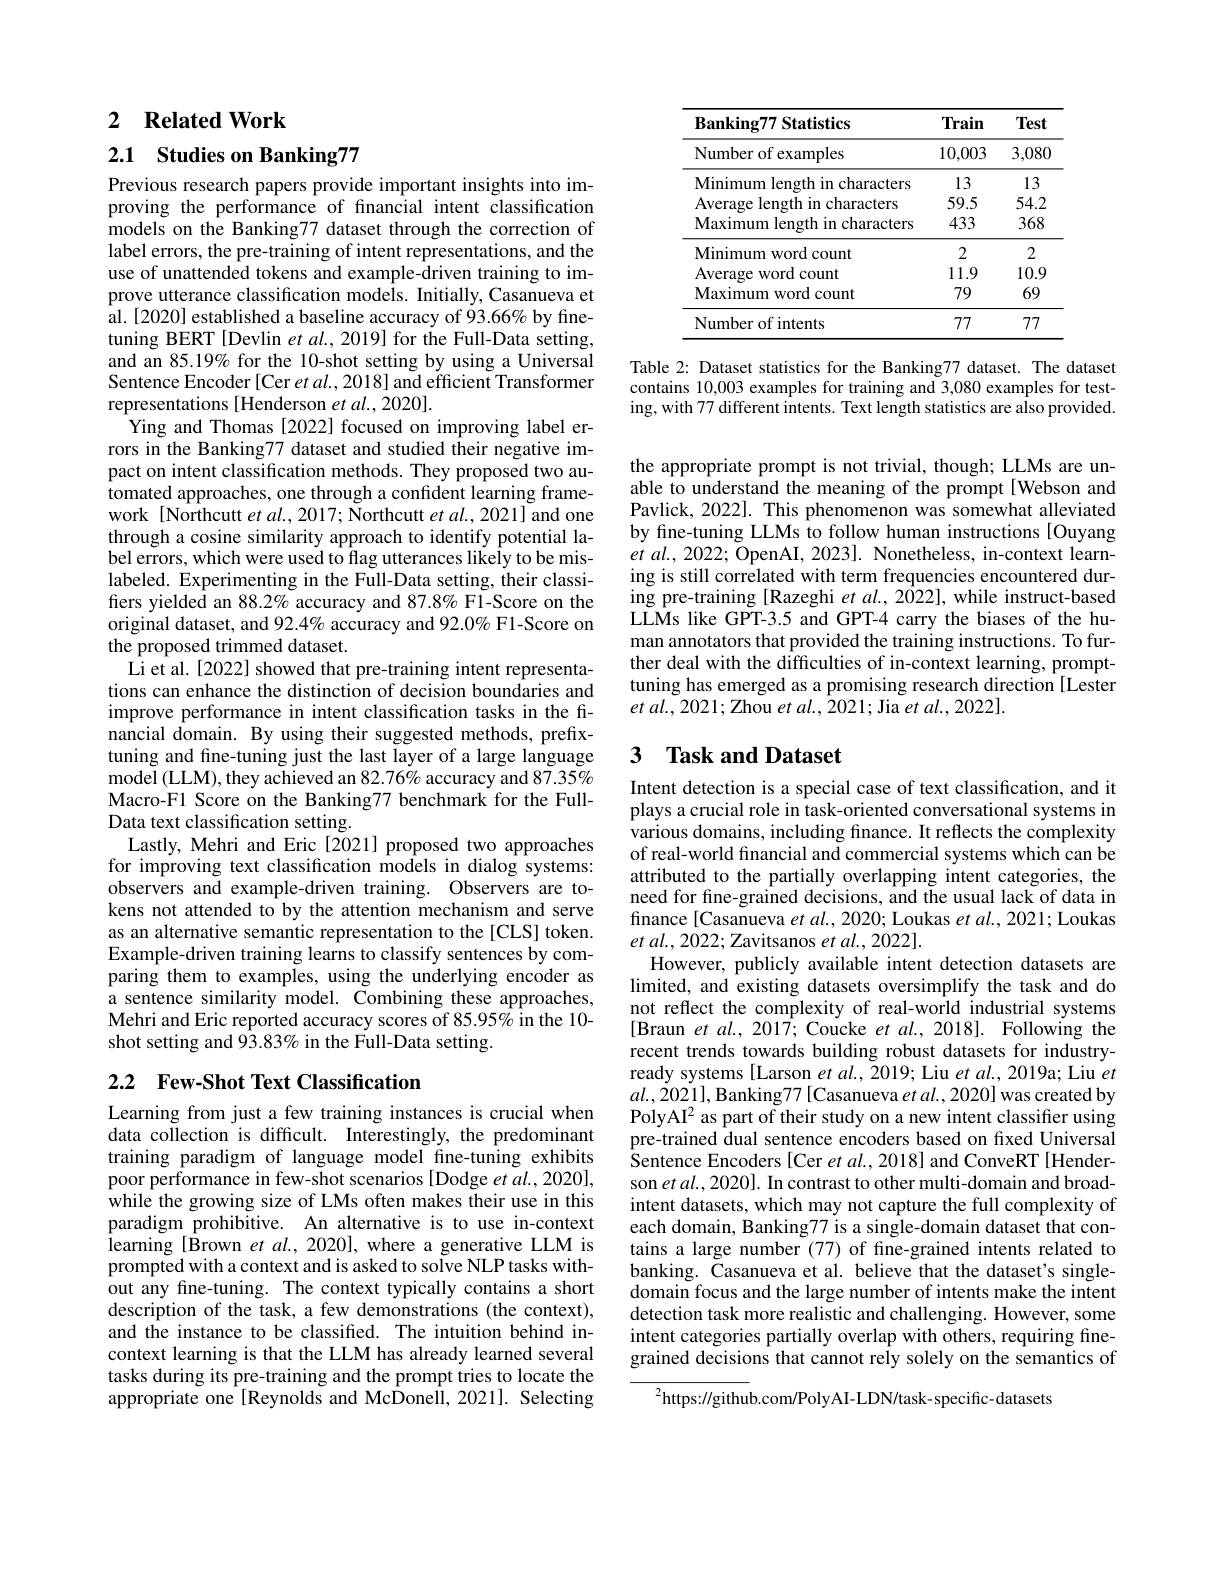
# 2 Related Work

2.1 Studies on Banking77

Previous research papers provide important insights into improving the performance of fnancial intent classification models on the Banking77 dataset through the correction of label errors, the pre-training of intent representations, and the use of unattended tokens and example-driven training to improve utterance classification models. Initially, Casanueva et al. [2020] established a baseline accuracy of 93.66% by finetuning BERT [Devlin et al., 2019] for the Full-Data setting, and an 85.19% for the 10-shot setting by using a Universal Sentence Encoder [Cer et al., 2018] and efficient Transformer representations [Henderson et $al.,2020].$
Ying and Thomas [2022] focused on improving label errors in the Banking77 dataset and studied their negative impact on intent classification methods. They proposed two automated approaches, one through a confident learning framework [Northcutt et al., 2017; Northcutt et al., 2021] and one through a cosine similarity approach to identify potential label errors, which were used to flag utterances likely to be mislabeled. Experimenting in the Full-Data setting, their classifiers yielded an $88.2\%$ accuracy and 87.8% F1-Score on the original dataset, and 92.4% accuracy and 92.0% F1-Score on the proposed trimmed dataset.
Li et al.[2022] showed that pre-training intent representations can enhance the distinction of decision boundaries and improve performance in intent classification tasks in the fi- $\hat{\text{nancial domain. By using their suggested methods, prefix-}}$ tuning and fine-tuning just the last layer of a large language model (LLM), they achieved an $82.76\%$ accuracy and $87.35\%$ Macro-F1 Score on the Banking77 benchmark for the FullData text classification setting.
Lastly, Mehri and Eric[2021] proposed two approaches for improving text classification models in dialog systems: observers and example-driven training. Observers are tokens not attended to by the attention mechanism and serve as an alternative semantic representation to the[CLS] token. Example-driven training learns to classify sentences by comparing them to examples, using the underlying encoder as a sentence similarity model. Combining these approaches, Mehri and Eric reported accuracy scores of 85.95% in the 10- shot setting and 93.83% in the Full-Data setting.

## 2.2 Few-Shot Text Classification

Learning from just a few training instances is crucial when data collection is difficult. Interestingly, the predominant training paradigm of language model fine-tuning exhibits poor performance in few-shot scenarios [Dodge et al., 2020], while the growing size of LMs often makes their use in this paradigm prohibitive. An alternative is to use in-context learning [ Brown et al. , 2020] , where a generative LLM is prompted with a context and is asked to solve NLP tasks without any fine-tuning. The context typically contains a short description of the task, a few demonstrations (the context), and the instance to be classified. The intuition behind incontext learning is that the LLM has already learned several tasks during its pre-training and the prompt tries to locate the appropriate one [Reynolds and McDonell, 2021]. Selecting

<table>
	<tbody>
		<tr>
			<th>$\mathbf{Banking77Statistics}$</th>
			<th>Train</th>
			<th>Test</th>
		</tr>
		<tr>
			<td>Number of examples</td>
			<td>10,003</td>
			<td>3,080</td>
		</tr>
		<tr>
			<td>Minimum length in characters</td>
			<td>13</td>
			<td>13</td>
		</tr>
		<tr>
			<td>Average length in characters</td>
			<td>59.5</td>
			<td>54.2</td>
		</tr>
		<tr>
			<td>Maximum length in characters</td>
			<td>433</td>
			<td>368</td>
		</tr>
		<tr>
			<td>Minimum word count</td>
			<td>2</td>
			<td>2</td>
		</tr>
		<tr>
			<td>Average word count</td>
			<td>11.9</td>
			<td>10.9</td>
		</tr>
		<tr>
			<td>Maximum word count</td>
			<td>79</td>
			<td>69</td>
		</tr>
		<tr>
			<td>Number of intents</td>
			<td>777</td>
			<td>777</td>
		</tr>
	</tbody>
</table>

Table 2: Dataset statistics for the Banking77 dataset. The dataset contains 10,003 examples for training and 3,080 examples for testing, with 77 different intents. Text length statistics are also provided.

the appropriate prompt is not trivial, though; LLMs are unable to understand the meaning of the prompt[Webson and Pavlick, 2022]. This phenomenon was somewhat alleviated by fine-tuning LLMs to follow human instructions [Ouyang $et$ $al. $, 2022; OpenAI, 2023] . Nonetheless, in-context learning is still correlated with term frequencies encountered during pre-training [Razeghi et al., 2022], while instruct-based LLMs like GPT-3.5 and GPT-4 carry the biases of the human annotators that provided the training instructions. To further deal with the difficulties of in-context learning, prompttuning has emerged as a promising research direction [Lester $et$ $al. $, 2021; ${\text{Zhou }et}$ $al. $, $\hat{2} 021;$ ${\text{Jia }et}$ $al. $, 2022].

### 3 $\textbf{Task and Dataset}$

Intent detection is a special case of text classification, and it plays a crucial role in task-oriented conversational systems in various domains, including fnance. It reflects the complexity of real-world financial and commercial systems which can be attributed to the partially overlapping intent categories, the need for fine-grained decisions, and the usual lack of data in finance[Casanueva $etal.,2020;$ Loukas et al., 2021; Loukas $et$ $al. , 2022;$ Zavitsanos et al., 2022].
However, publicly available intent detection datasets are limited, and existing datasets oversimplify the task and do not reflect the complexity of real-world industrial systems [Braun et al., 2017; Coucke et $al.$, 2018]. Following the recent trends towards building robust datasets for industryready systems [Larson et al., 2019; Liu et al., 2019a; Liu $et$ $al.,\dot{2}021]$,Banking77[Casanueva et al., 2020] was created by PolyAI$^2$ as part of their study on a new intent classifier using pre-trained dual sentence encoders based on fixed Universal $\hat{\text{Sentence Encoders[Cer et al., 2018] and ConveRT[Hender-}]}$ son $etal.,2020].$ In contrast to other multi-domain and broadintent datasets, which may not capture the full complexity of each domain, Banking77 is a single-domain dataset that contains a large number (77) of fine-grained intents related to banking. Casanueva et al. believe that the dataset's singledomain focus and the large number of intents make the intent detection task more realistic and challenging. However, some intent categories partially overlap with others, requiring finegrained decisions that cannot rely solely on the semantics of
$^{2}$https://github.com/PolyAI-LDN/task-specific-datasets